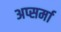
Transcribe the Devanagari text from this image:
अप्सर्मा